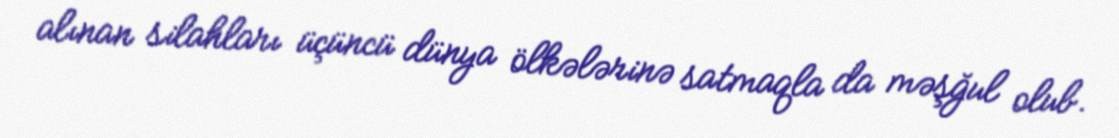
alınan silahları üçüncü dünya ölkələrinə satmaqla da məşğul olub.